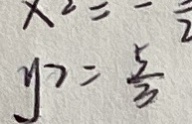
y _ { 2 } = \frac { 5 } { 3 }